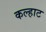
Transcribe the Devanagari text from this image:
कल्हाट